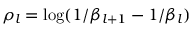
\rho _ { l } = \log ( 1 / \beta _ { l + 1 } - 1 / \beta _ { l } )